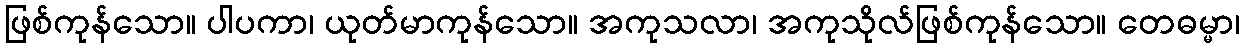
ဖြစ်ကုန်သော။ ပါပကာ၊ ယုတ်မာကုန်သော။ အကုသလာ၊ အကုသိုလ်ဖြစ်ကုန်သော။ တေဓမ္မာ၊